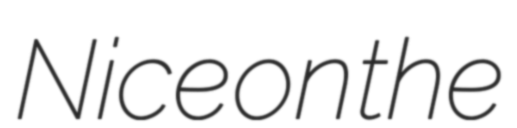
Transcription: Nice on the